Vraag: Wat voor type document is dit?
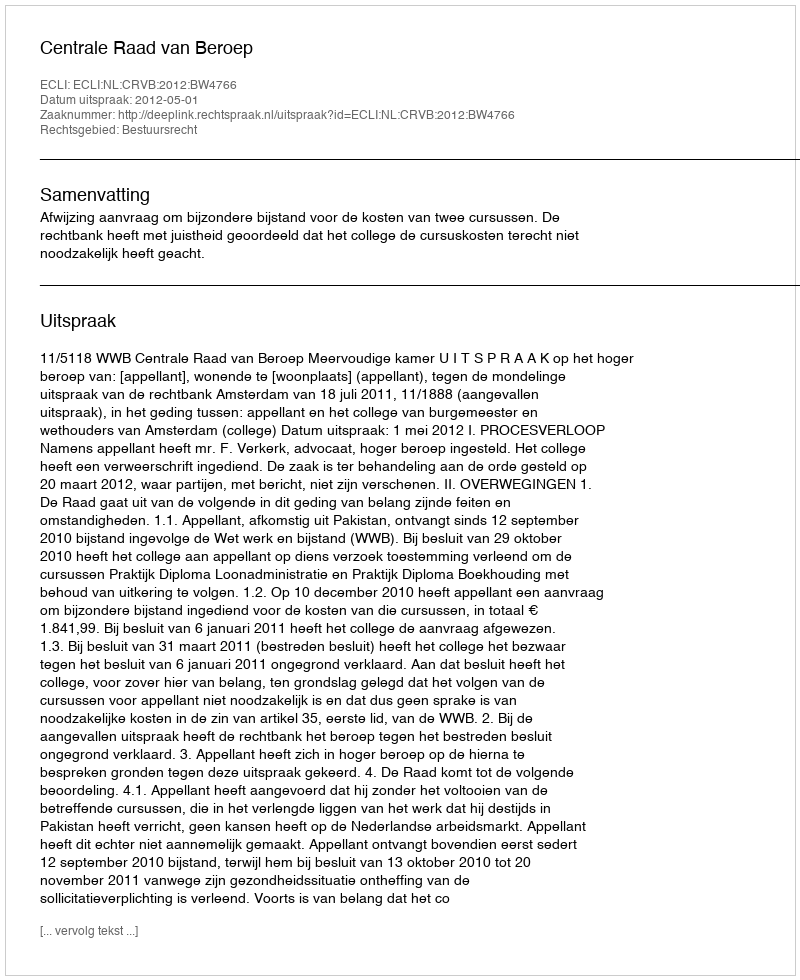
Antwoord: Uitspraak